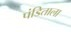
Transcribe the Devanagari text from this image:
पंडिताला